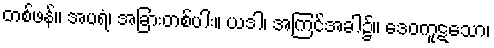
တစ်ဖန်။ အပရံ၊ အခြားတစ်ပါး။ ယဒါ၊ အကြင်အခါ၌။ ဒေဝကူဋသော၊